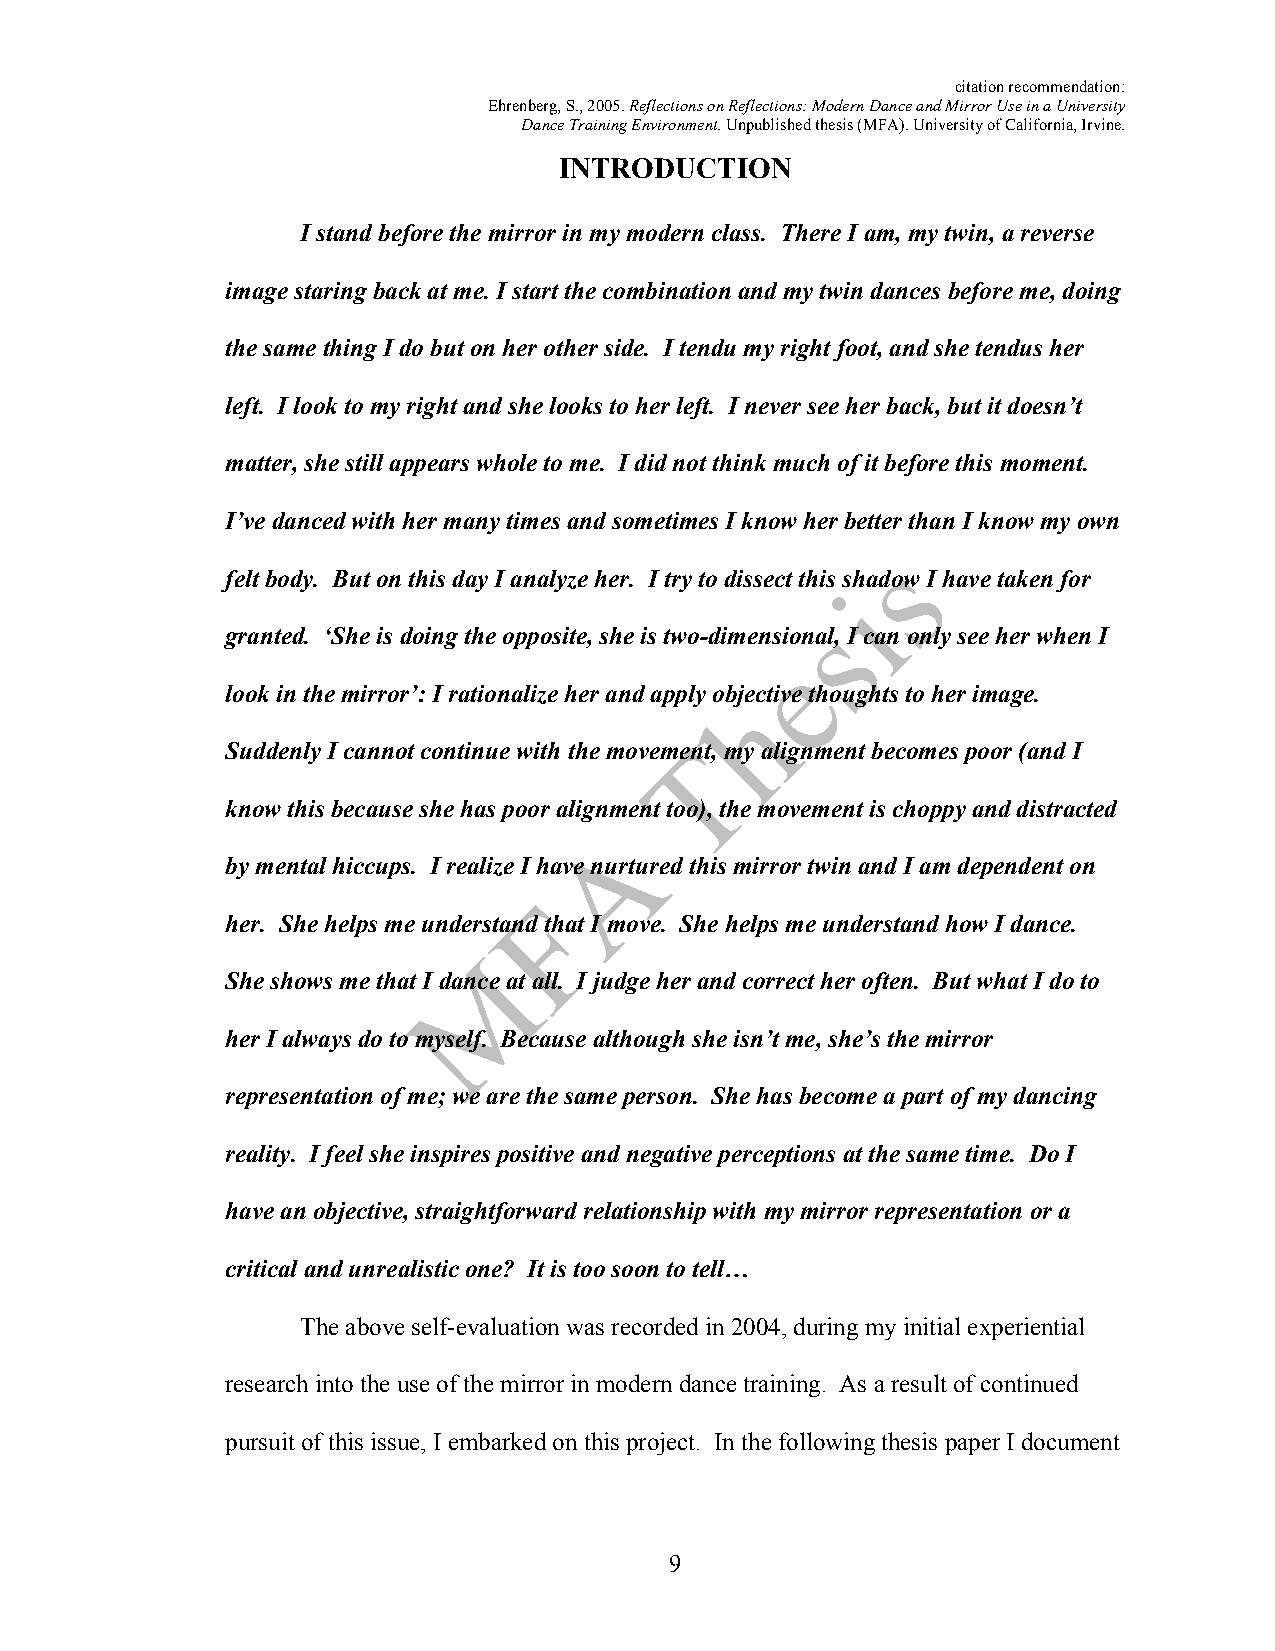
citation recommendation:
 Ehrenberg, S., 2005. Reflections on Reflections: Modern Dance and Mirror Use in a University
 Dance Training Environment. Unpublished thesis (MFA). University of California, Irvine.
 INTRODUCTION
 I stand before the mirror in my modern class. There I am, my twin, a reverse
 image staring back at me. I start the combination and my twin dances before me, doing
 the same thing I do but on her other side. I tendu my right foot, and she tendus her
 left. I look to my right and she looks to her left. I never see her back, but it doesn’t
 matter, she still appears whole to me. I did not think much of it before this moment.
 I’ve danced with her many times and sometimes I know her better than I know my own
 felt body. But on this day I analyze her. I try to dissect this shadow I have taken for
 granted. ‘She is doing the opposite, she is two-dimensional, I can only see her when I
 look in the mirror’: I rationalize her and apply objective thoughts to her image.
 Suddenly I cannot continue with the movement, my alignment becomes poor (and I
 know this because she has poor alignment too), the movement is choppy and distracted
 by mental hiccups. I realize I have nurtured this mirror twin and I am dependent on
 her. She helps me understand that I move. She helps me understand how I dance.
 She shows me that I dance at all. I judge her and correct her often. But what I do to
 her I always do to myself. Because although she isn’t me, she’s the mirror
 representation of me; we are the same person. She has become a part of my dancing
 reality. I feel she inspires positive and negative perceptions at the same time. Do I
 have an objective, straightforward relationship with my mirror representation or a
 critical and unrealistic one? It is too soon to tell…
 The above self-evaluation was recorded in 2004, during my initial experiential
 research into the use of the mirror in modern dance training. As a result of continued
 pursuit of this issue, I embarked on this project. In the following thesis paper I document
 9